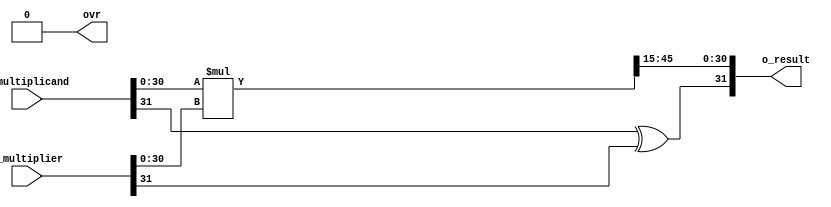
module qmult #(
	//Parameterized values
	parameter Q = 15,
	parameter N = 32
	)
	(
	 input			[N-1:0]	i_multiplicand,
	 input			[N-1:0]	i_multiplier,
	 output			[N-1:0]	o_result,
	 output	reg				ovr
	 );
	 
	
	
	reg [2*N-1:0]	r_result;		
											
	reg [N-1:0]		r_RetVal;
	

	assign o_result = r_RetVal;	
	
	always @(i_multiplicand, i_multiplier)	begin						
		r_result <= i_multiplicand[N-2:0] * i_multiplier[N-2:0];	
																
		ovr <= 1'b0;															
		end
	
		
	always @(r_result) begin													
		r_RetVal[N-1] <= i_multiplicand[N-1] ^ i_multiplier[N-1];	
		r_RetVal[N-2:0] <= r_result[N-2+Q:Q];								
																						
		if (r_result[2*N-2:N-1+Q] > 0)										
			ovr <= 1'b1;
		end

endmodule